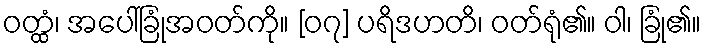
ဝတ္ထံ၊ အပေါ်ခြုံအဝတ်ကို။ [၀၇] ပရိဒဟတိ၊ ဝတ်ရုံ၏။ ဝါ၊ ခြုံ၏။